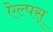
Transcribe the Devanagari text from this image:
ऐल्पस्